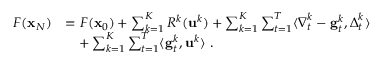
\begin{array} { r l } { F ( { \mathbf x } _ { N } ) } & { = F ( { \mathbf x } _ { 0 } ) + \sum _ { k = 1 } ^ { K } R ^ { k } ( \mathbf { u } ^ { k } ) + \sum _ { k = 1 } ^ { K } \sum _ { t = 1 } ^ { T } \langle { \boldsymbol \nabla } _ { t } ^ { k } - \mathbf { g } _ { t } ^ { k } , { \boldsymbol \Delta } _ { t } ^ { k } \rangle } \\ & { \quad + \sum _ { k = 1 } ^ { K } \sum _ { t = 1 } ^ { T } \langle \mathbf { g } _ { t } ^ { k } , \mathbf { u } ^ { k } \rangle ~ . } \end{array}